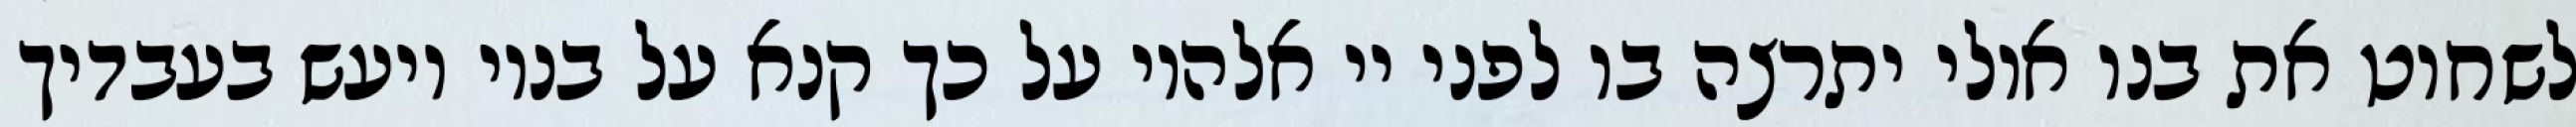
לשחוט את בנו אולי יתרצה בו לפני יי אלהיו על כך קנא על בניו ויעש בעבדיך